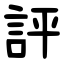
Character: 評